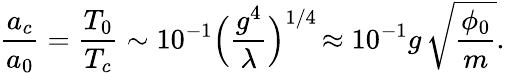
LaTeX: {\frac{a_{c}}{a_{0}}}={\frac{T_{0}}{T_{c}}}\sim 10^{-1}\Bigr({\frac{g^{4}}{\lambda}}\Bigl)^{1/4}\, \approx 10^{-1}g\, \sqrt{\frac{\phi_{0}}{m}}.